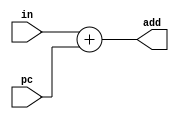
//-----------------------------------------------------------------------------
//
// Title       : Shift_LEFT
// Design      : dasdq1
// Company     : dsf
//
//-----------------------------------------------------------------------------
//
// Generated   : Sun Dec 27 15:19:48 2015
// From        : interface description file
// By          : Itf2Vhdl ver. 1.22
//
//-----------------------------------------------------------------------------
//
// Description : 
//
//-----------------------------------------------------------------------------


//{{ Section below this comment is automatically maintained
//   and may be overwritten
//{module {Shift_LEFT}}
module Shift_LEFT (
	input [31:0] in,
	input [31:0] pc,
	output[31:0] add
	);	
	
	assign add=(in+pc);
//}} End of automatically maintained section

// -- Enter your statements here -- //

endmodule